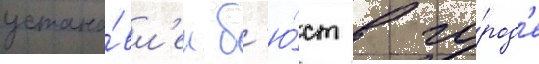
устано́вл'ен б'ю́ст в го́род'е